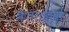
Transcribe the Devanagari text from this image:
कलातत्वों